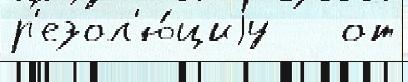
р'езол'ю́циjу   от